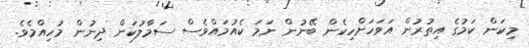
މިކަން ކަމުގެ އިތުރުން އަވަހަށްހިކެން ބޭނުން ނަމަ ކެއުމައްވެސް ސަމާލުކަން ދިނުން މުހިއްމެވެ.